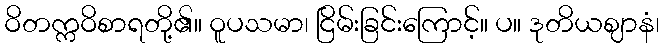
ဝိတက္ကဝိစာရတို့၏။ ဝူပသမာ၊ ငြိမ်းခြင်းကြောင့်။ ပ။ ဒုတိယဈာနံ၊